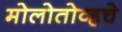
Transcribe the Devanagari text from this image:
मोलोतोव्हचे